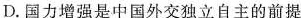
D.国力增强是中国外交独立自主的前提